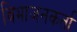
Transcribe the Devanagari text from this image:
विभाजनकर्ता